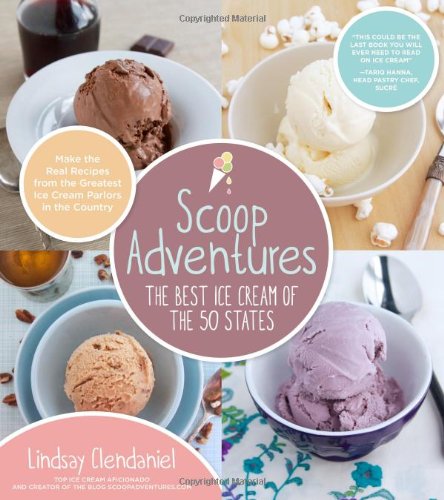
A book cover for Scoop Adventures: The Best Ice Cream of the 50 States: Make the Real Recipes from the Greatest Ice Cream Parlors in the Country; Lindsay Clendaniel; Cookbooks, Food & Wine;